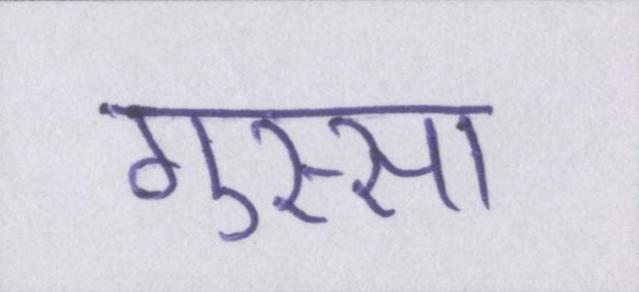
गुस्सा